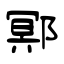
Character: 鄍